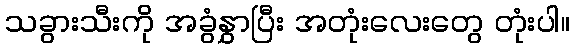
သခွားသီးကို အခွံနွှာပြီး အတုံးလေးတွေ တုံးပါ။